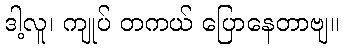
ဒါ့လူ၊ ကျုပ် တကယ် ပြောနေတာဗျ။